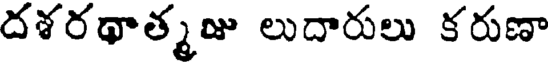
దశరథాత్మజు లుదారులు కరుణా